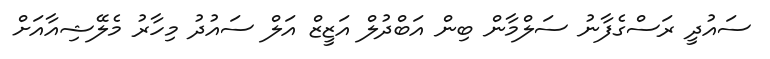
ސައުދީ ރަސްގެފާނު ސަލްމާން ބިން އަބްދުލް އަޒީޒް އަލް ސައުދު މިހާރު މެލޭޝިއާއަށް